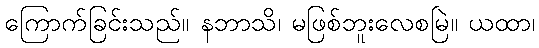
ကြောက်ခြင်းသည်။ နဘာသိ၊ မဖြစ်ဘူးလေစမြဲ။ ယထာ၊